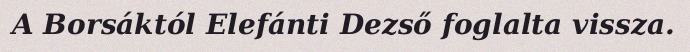
A Borsáktól Elefánti Dezső foglalta vissza.